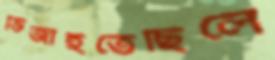
ভিজাইতেছিলে